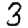
Digit: 3